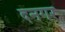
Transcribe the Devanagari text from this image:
दनगर